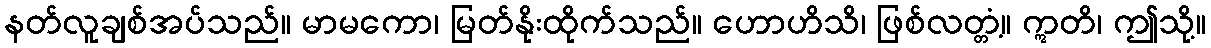
နတ်လူချစ်အပ်သည်။ မာမကော၊ မြတ်နိုးထိုက်သည်။ ဟောဟိသိ၊ ဖြစ်လတ္တံ့။ ဣတိ၊ ဤသို့။